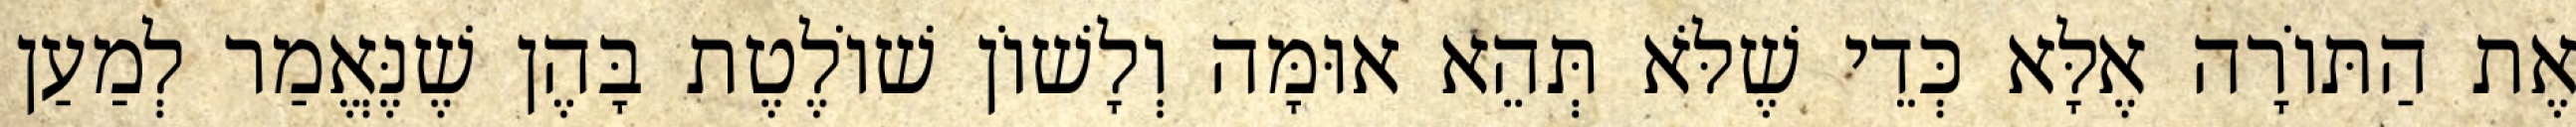
אֶת הַתּוֹרָה אֶלָּא כְּדֵי שֶׁלֹּא תְּהֵא אוּמָּה וְלָשׁוֹן שׁוֹלֶטֶת בָּהֶן שֶׁנֶּאֱמַר לְמַעַן